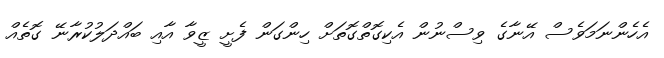
އެހެންނަމަވެސް އޭނާގެ ވިސްނުން އެކިގޮތްގޮތަށް ހިންގަން ފެށީ ޒީވާ އާއި ބައްދަލުކުރާނޭ ގޮތެއް